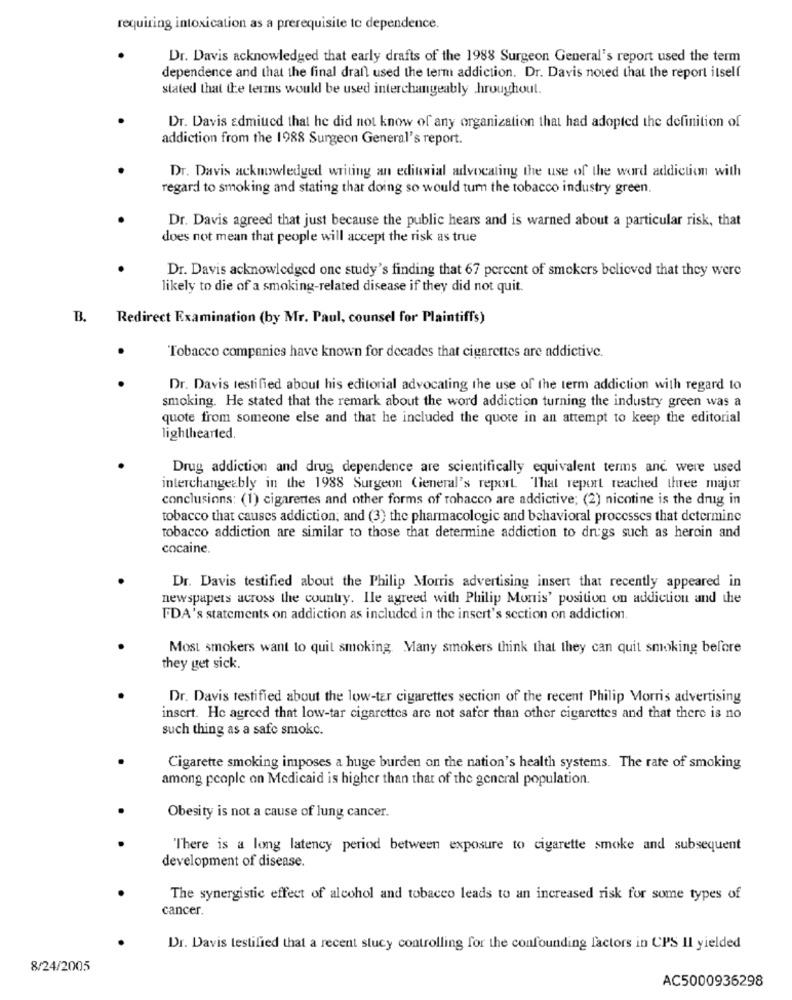
requiring intoxication as a prerequisite to dependence.
Dr. Davis acknowledged that early drafts of the 1988 Surgeon General's report used the term
dependence and that the final draft used the term addiction. Dr. Davis noted that the report itself
stated that the terms would be used interchangeably hroughout.
Dr. Davis admitted that he did not know of any organization that had adopted the definition of
addiction from the 1988 Surgeon General's report.
Dr. Davis acknowledged writing an editorial advocating the use of the word addiction with
regard to smoking and stating that doing so would turn the tobacco industry green.
Dr. Davis agreed that just because the public hears and is warned about a particular risk, that
does not mean that people will accept the risk as true
Dr. Davis acknowledged one study's finding that 67 percent of smokers believed that they were
likely to die of a smoking-related disease if they did not quit.
B.
Redirect Examination (by Mr. Paul, counsel for Plaintiffs)
Tobacco companies have known for decades that cigarettes are addictive.
Dr. Davis testified about his editorial advocating the use of the term addiction with regard to
smoking. He stated that the remark about the word addiction turning the industry green was a
quote from someone else and that he included the quote in an attempt to keep the editorial
lighthearted.
Drug addiction and drug dependence are scientifically equivalent terms and were used
interchangeably in the 1988 Surgeon General's report. That report reached three major
conclusions: (1) cigarettes and other forms of tobacco are addictive; (2) nicotine is the drug in
tobacco that causes addiction; and (3) the pharmacologic and behavioral processes that determine
tobacco addiction are similar to those that determine addiction to drugs such as heroin and
cocaine.
Dr. Davis testified about the Philip Morris advertising insert that recently appeared in
newspapers across the country. Ile agreed with Philip Morris' position on addiction and the
FDA's statements on addiction as included in the insert's section on addiction.
Most smokers want to quit smoking. Many smokers think that they can quit smoking before
they get sick.
Dr. Davis testified about the low-ter cigarettes section of the recent Philip Morris advertising
insert. He agreed that low-tar cigarettes are not safer than other cigarettes and that there is no
such thing as a safe smokc.
Cigarette smoking imposes a huge burden on the nation's health systems. The rate of smoking
among people on Medicaid is higher than that of the general population.
Obesity is not a cause of lung cancer.
There is a long latency period between exposure to cigarette smoke and subsequent
development of disease.
The synergistic effect of alcohol and tobacco leads to an increased risk for some types of
cancer.
Dr. Davis testified that a recent stucy controlling for the confounding factors in CPS Il yielded
8/24/2005
AC5000936298